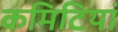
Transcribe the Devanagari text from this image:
कमिटियां